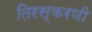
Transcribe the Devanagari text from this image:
तिरस्करणी